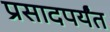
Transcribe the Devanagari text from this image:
प्रसादपर्यंत